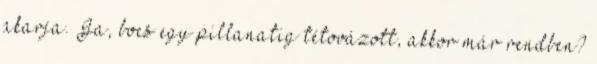
akarja. Ja, bocs egy pillanatig tétovázott, akkor már rendben?